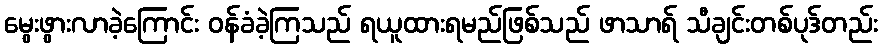
မွေးဖွားလာခဲ့ကြောင်း ဝန်ခံခဲ့ကြသည် ရယူထားရမည်ဖြစ်သည် ဖာသာရ် သီချင်းတစ်ပုဒ်တည်း